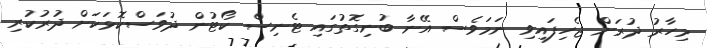
މިހާރު ދުރަށް ޖެހިފައިވި ނަމަވެސް އޭނާ ބުނިގޮތުގައި ޓެނިސް ކޯޓުން ދުވަސްކޮޅަކަށް ދުރުކުރި